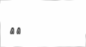
٧٩